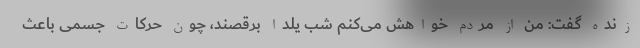
زنده گفت: من از مردم خواهش می‌کنم شب یلدا برقصند، چون حرکات جسمی باعث